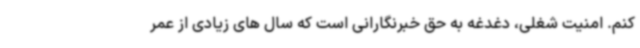
کنم. امنیت شغلی، دغدغه به حق خبرنگارانی است که سال های زیادی از عمر